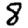
Digit: 8